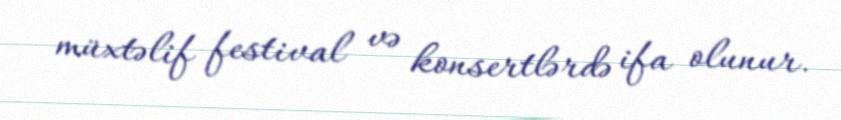
müxtəlif festival və konsertlərdə ifa olunur.